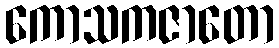
ကောသကဇာတော